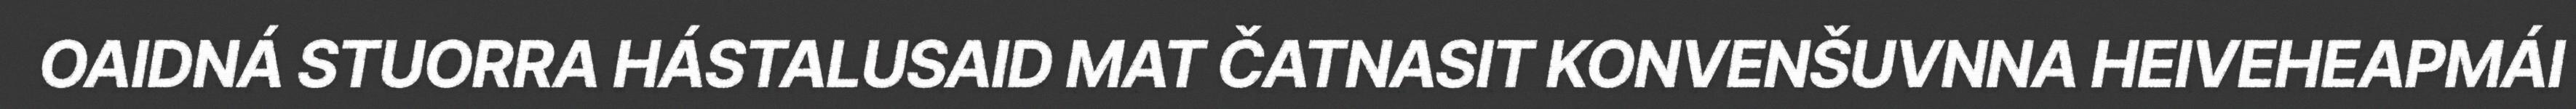
OAIDNÁ STUORRA HÁSTALUSAID MAT ČATNASIT KONVENŠUVNNA HEIVEHEAPMÁI